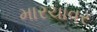
મારચાવર